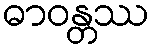
ဓာဝန္တဿ